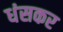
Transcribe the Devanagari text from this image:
धंसकर